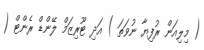
( މިލިއަން ރުފިޔާ ނުވަތަ ) އަދި ޓޫރިޒަމް ލޭންޑް ރެންޓް (